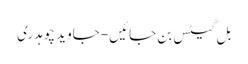
بل گیٹس بن جائیں- جاوید چوہدری